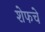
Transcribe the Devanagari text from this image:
शेफचे